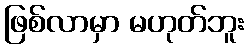
ဖြစ်လာမှာ မဟုတ်ဘူး